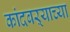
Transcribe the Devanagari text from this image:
कांदबऱ्याच्या